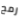
رمح